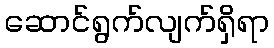
ဆောင်ရွက်လျက်ရှိရာ